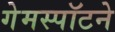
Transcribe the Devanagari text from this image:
गेमस्पॉटने